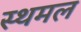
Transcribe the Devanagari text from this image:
स्थमल